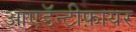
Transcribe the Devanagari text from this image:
आएडॅन्टीफ़ायर